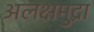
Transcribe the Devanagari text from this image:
अलक्षमुद्रा